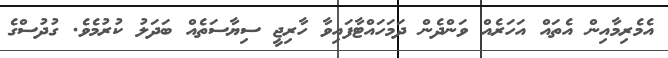
އެމެރިމާއިން އެތައް އަހަރެއް ވަންދެން ދަމަހައްޓާފައިވާ ހާރިޖީ ސިޔާސަތެއް ބަދަލު ކުރުމެވެ. ގުދުސްގެ